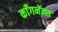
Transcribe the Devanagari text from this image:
काँगनॅक्स